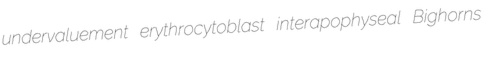
undervaluement erythrocytoblast interapophyseal Bighorns